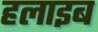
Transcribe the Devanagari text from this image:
हलाइब